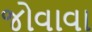
જોવાવા